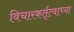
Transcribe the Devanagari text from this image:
विचारकर्तृत्वाच्या